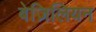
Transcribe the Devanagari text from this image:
बेज़िलियन